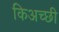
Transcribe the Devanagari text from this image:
किअच्छी